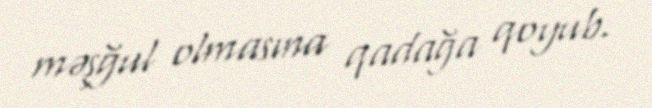
məşğul olmasına qadağa qoyub.